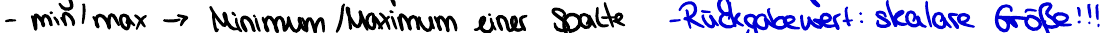
- min / max -> Minimum / Maximum einer Spalte  - Rückgabewert: skalare Größe !!!